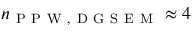
n _ { \mathrm { ~ P ~ P ~ W ~ , ~ D ~ G ~ S ~ E ~ M ~ } } \approx 4